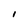
Character: 1